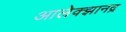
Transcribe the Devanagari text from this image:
आलेक्झानद्र